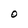
Character: O